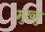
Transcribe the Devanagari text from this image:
मुख्यु